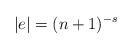
LaTeX: \begin{align*}|e| = (n+1)^{-s}\end{align*}